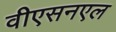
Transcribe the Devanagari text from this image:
वीएसनएल